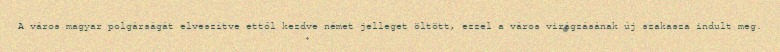
A város magyar polgárságát elveszítve ettől kezdve német jelleget öltött, ezzel a város virágzásának új szakasza indult meg.